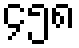
၄၅၈